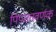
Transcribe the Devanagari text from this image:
पिपततवर्णक